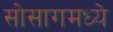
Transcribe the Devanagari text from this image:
सोसागमध्ये